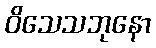
ဝိသေသဘုနော